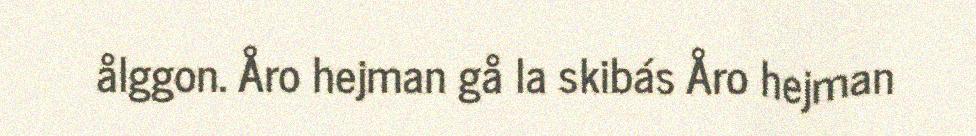
ålggon. Åro hejman gå la skibás Åro hejman